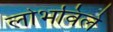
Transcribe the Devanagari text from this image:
लोभविले